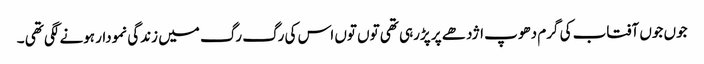
جوں جوں آفتاب کی گرم دھوپ اژدھے پر پڑرہی تھی توں توں اس کی رگ رگ میں زندگی نمودار ہونے لگی تھی ۔